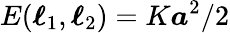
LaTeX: E(\boldsymbol{\ell}_{1},\boldsymbol{\ell}_{2})=K\boldsymbol{a}^{2}/2